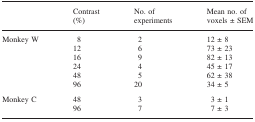
|  | Contrast (%) | No. of experiments | Mean no. of voxels ± SEM |
 | --- | --- | --- | --- |
 | Monkey W | 8 | 2 | 12 ± 8 |
 |  | 12 | 6 | 73 ± 23 |
 |  | 16 | 9 | 82 ± 13 |
 |  | 24 | 4 | 45 ± 17 |
 |  | 48 | 5 | 62 ± 38 |
 |  | 96 | 20 | 34 ± 5 |
 | Monkey C | 48 | 3 | 3 ± 1 |
 |  | 96 | 7 | 7 ± 3 |